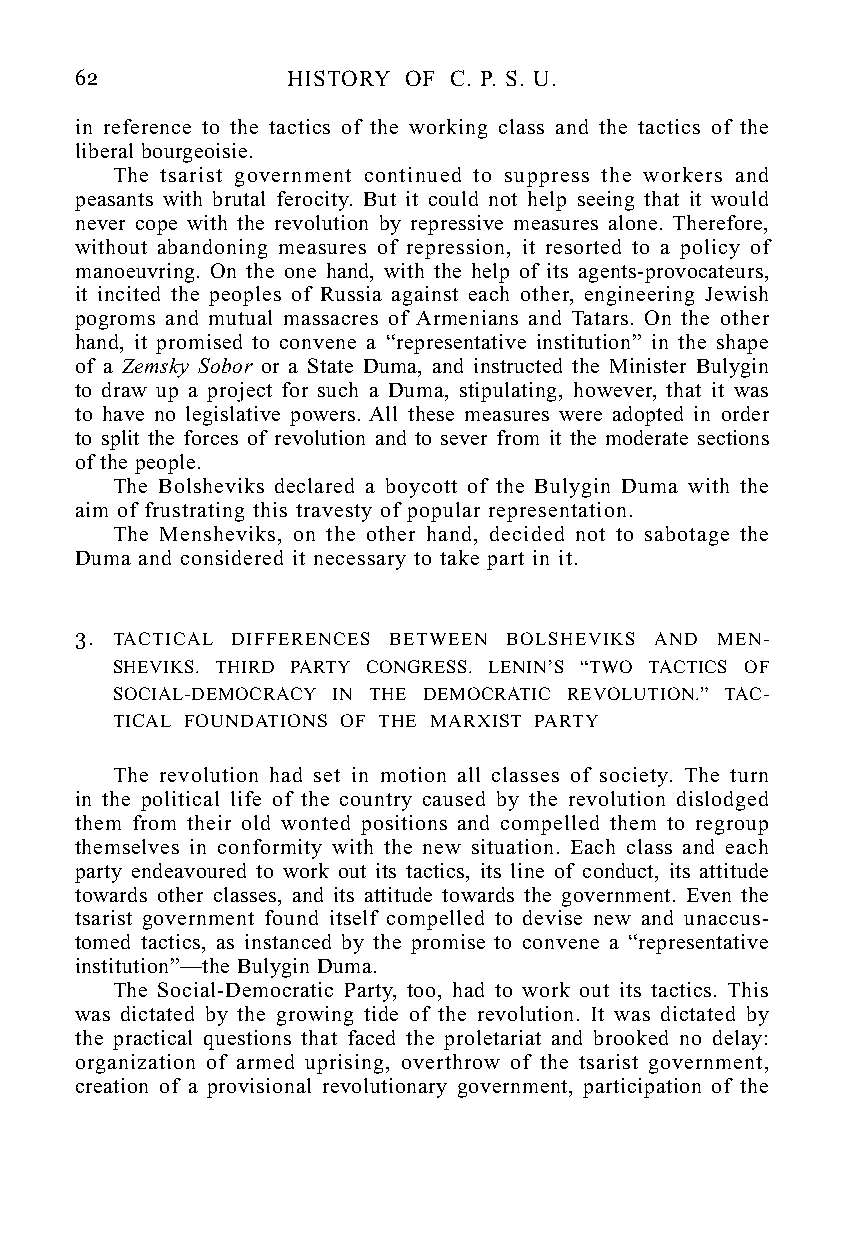
62            HISTORY OF C. P. S. U.
 in reference to the tactics of the working class and the tactics of the
 liberal bourgeoisie.
 The tsarist government continued to suppress the workers and
 peasants with brutal ferocity. But it could not help seeing that it would
 never cope with the revolution by repressive measures alone. Therefore,
 without abandoning measures of repression, it resorted to a policy of
 manoeuvring. On the one hand, with the help of its agents-provocateurs,
 it incited the peoples of Russia against each other, engineering Jewish
 pogroms and mutual massacres of Armenians and Tatars. On the other
 hand, it promised to convene a “representative institution” in the shape
 of a Zemsky Sobor or a State Duma, and instructed the Minister Bulygin
 to draw up a project for such a Duma, stipulating, however, that it was
 to have no legislative powers. All these measures were adopted in order
 to split the forces of revolution and to sever from it the moderate sections
 of the people.
 The Bolsheviks declared a boycott of the Bulygin Duma with the
 aim of frustrating this travesty of popular representation.
 The Mensheviks, on the other hand, decided not to sabotage the
 Duma and considered it necessary to take part in it.
 3. TACTICAL DIFFERENCES BETWEEN BOLSHEVIKS AND MEN-
 SHEVIKS. THIRD PARTY CONGRESS. LENIN’S “TWO TACTICS OF
 SOCIAL-DEMOCRACY IN THE DEMOCRATIC REVOLUTION.” TAC-
 TICAL FOUNDATIONS OF THE MARXIST PARTY
 The revolution had set in motion all classes of society. The turn
 in the political life of the country caused by the revolution dislodged
 them from their old wonted positions and compelled them to regroup
 themselves in conformity with the new situation. Each class and each
 party endeavoured to work out its tactics, its line of conduct, its attitude
 towards other classes, and its attitude towards the government. Even the
 tsarist government found itself compelled to devise new and unaccus-
 tomed tactics, as instanced by the promise to convene a “representative
 institution”—the Bulygin Duma.
 The Social-Democratic Party, too, had to work out its tactics. This
 was dictated by the growing tide of the revolution. It was dictated by
 the practical questions that faced the proletariat and brooked no delay:
 organization of armed uprising, overthrow of the tsarist government,
 creation of a provisional revolutionary government, participation of the